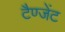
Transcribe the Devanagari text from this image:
टैण्जेंट